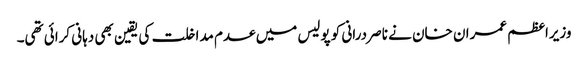
وزیراعظم عمران خان نے ناصر درانی کو پولیس میں عدم مداخلت کی یقین بھی دہانی کرائی تھی۔